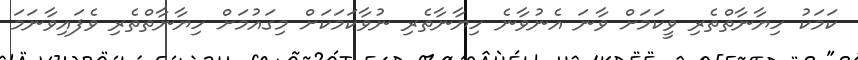
ކަމަކު ހިޔާނާތްތެރި ވީކަމަށް ވާނަ އެނުވާނެ ހިޔާނާތެރި ނުވާކަމަކަށް މިގައުމަށް ހިޔާނާތްތެރި ވެފައިވާނަމަ